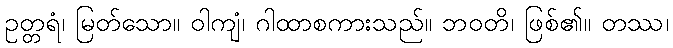
ဥတ္တရံ၊ မြတ်သော။ ဝါကျံ၊ ဂါထာစကားသည်။ ဘဝတိ၊ ဖြစ်၏။ တဿ၊